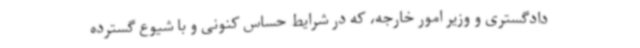
دادگستری و وزیر امور خارجه، که در شرایط حساس کنونی و با شیوع گسترده